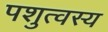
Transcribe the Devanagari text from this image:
पशुत्वस्य